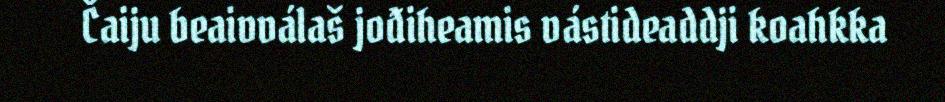
Čaiju beaivválaš jođiheamis vástideaddji koahkka